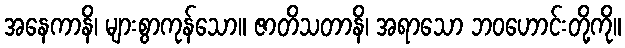
အနေကာနိ၊ များစွာကုန်သော။ ဇာတိသတာနိ၊ အရာသော ဘဝဟောင်းတို့ကို။